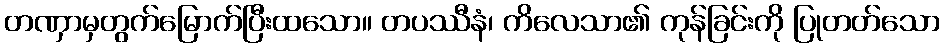
တဏှာမှတွက်မြောက်ပြီးထသော။ တပဿီနံ၊ ကိလေသာ၏ ကုန်ခြင်းကို ပြုတတ်သော